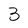
Character: 3